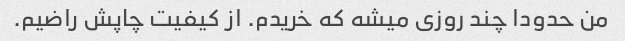
من حدودا چند روزی میشه که خریدم. از کیفیت چاپش راضیم.